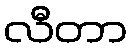
လီတာ